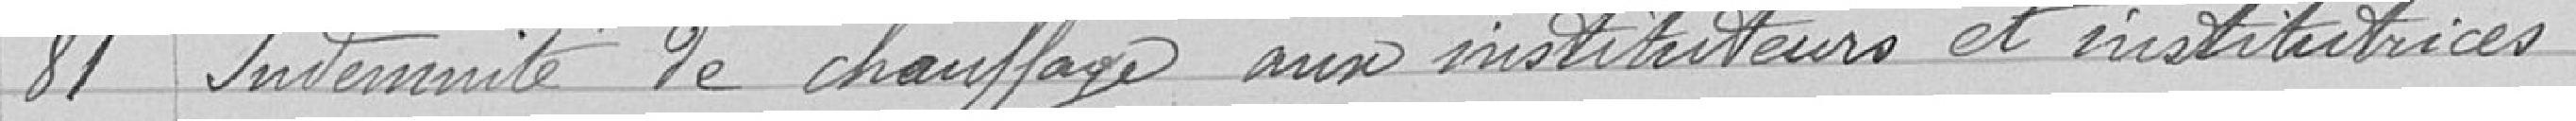
81 Indemnité de chauffage aux instituteurs et institutrices